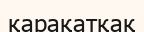
қарақатқақ